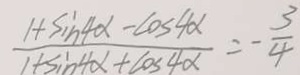
\frac { 1 + \sin 4 \alpha - \cos 4 \alpha } { 1 + \sin 4 \alpha + \cos 4 \alpha } = - \frac { 3 } { 4 }